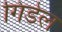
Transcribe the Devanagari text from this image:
गिडेल